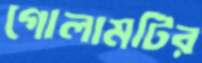
গোলামটির